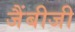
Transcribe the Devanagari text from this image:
जैंबीजी